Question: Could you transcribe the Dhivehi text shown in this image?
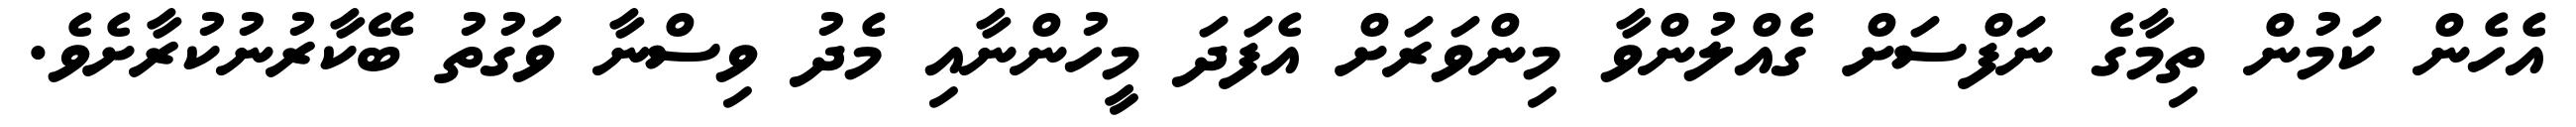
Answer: އެހެން ކަމުން ތިމާގެ ނަފްސަށް ގެއްލުންވާ މިންވަރަށް އެފަދަ މީހުންނާއި މެދު ވިސްނާ ވަގުތު ބޭކާރުނުކުރާށެވެ.